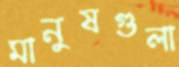
মানুষগুলা